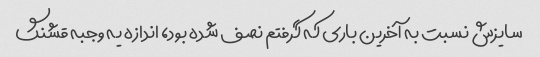
سایزش نسبت به آخرین باری که گرفتم نصف شده بود، اندازه یه وجبه قشنگ